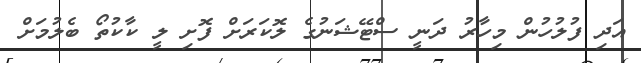
އަދި ފުލުހުން މިހާރު ދަނީ ސްޓޭޝަނުގެ ލޮކަރަށް ފޮށި ލީ ކާކުތޯ ބެލުމަށް